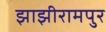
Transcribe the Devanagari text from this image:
झाझीरामपुर